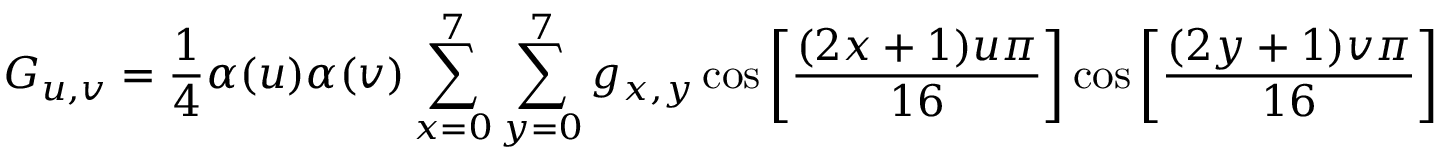
\ G _ { u , v } = { \frac { 1 } { 4 } } \alpha ( u ) \alpha ( v ) \sum _ { x = 0 } ^ { 7 } \sum _ { y = 0 } ^ { 7 } g _ { x , y } \cos \left[ { \frac { ( 2 x + 1 ) u \pi } { 1 6 } } \right] \cos \left[ { \frac { ( 2 y + 1 ) v \pi } { 1 6 } } \right]